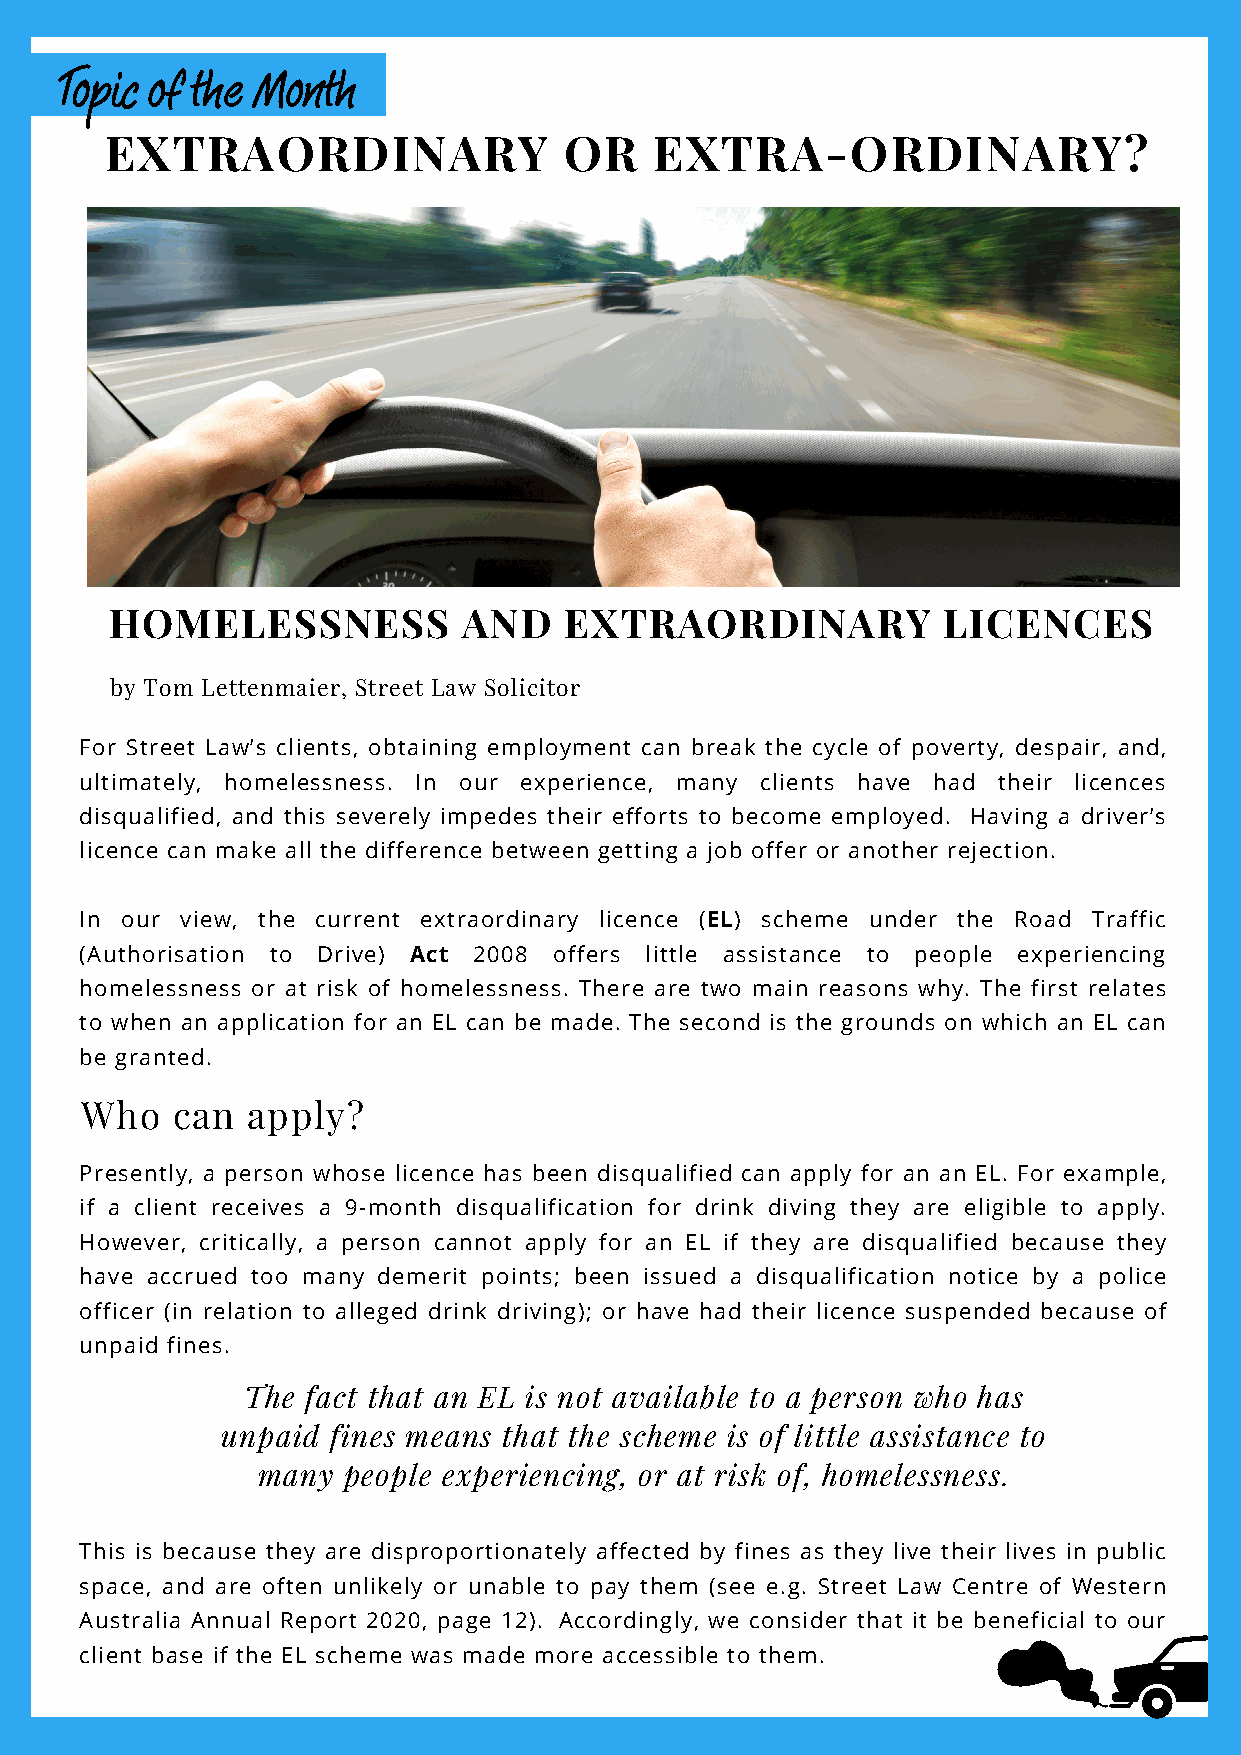
Topic of the Month
 EXTRAORDINARY                 OR    EXTRA-ORDINARY?
 HOMELESSNESS            AND   EXTRAORDINARY            LICENCES
 by Tom Lettenmaier, Street Law Solicitor
 For Street Law’s clients, obtaining employment can break the cycle of poverty, despair, and,
 ultimately, homelessness. In our experience, many clients have had their licences
 disqualified, and this severely impedes their efforts to become employed. Having a driver’s
 licence can make all the difference between getting a job offer or another rejection.
 In our view, the current extraordinary licence (EL) scheme under the Road Traffic
 (Authorisation to Drive) Act 2008 offers little assistance to people experiencing
 homelessness or at risk of homelessness. There are two main reasons why. The first relates
 to when an application for an EL can be made. The second is the grounds on which an EL can
 be granted.
 Who   can  apply?
 Presently, a person whose licence has been disqualified can apply for an an EL. For example,
 if a client receives a 9-month disqualification for drink diving they are eligible to apply.
 However, critically, a person cannot apply for an EL if they are disqualified because they
 have accrued too many demerit points; been issued a disqualification notice by a police
 officer (in relation to alleged drink driving); or have had their licence suspended because of
 unpaid fines.
 The fact that an EL is not available to a person who has
 unpaid fines means that the scheme is of little assistance to
 many  people experiencing, or at risk of, homelessness.
 This is because they are disproportionately affected by fines as they live their lives in public
 space, and are often unlikely or unable to pay them (see e.g. Street Law Centre of Western
 Australia Annual Report 2020, page 12). Accordingly, we consider that it be beneficial to our
 client base if the EL scheme was made more accessible to them.